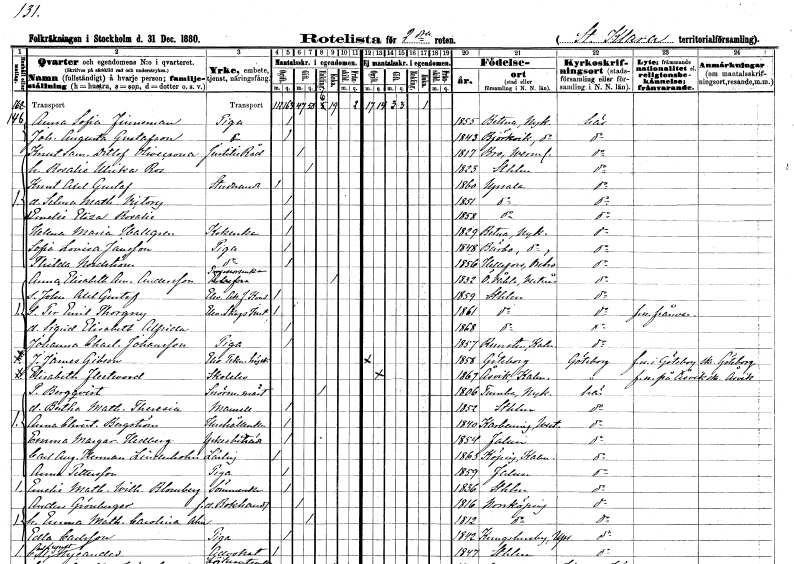
gt_parse: households: individuals: FN: Anna Sofia
EN: Finnman
YRKE: Piga
KON: K
CIV: O
FODAR: 1855
FODFORS: Bettna Södermanlands län
FN: Johanna Augusta
EN: Gustafson
YRKE: Piga
KON: K
CIV: O
FODAR: 1843
FODFORS: Björkvik Södermanlands län
FN: Knut Samuel Detlof
EN: Olivecrona
YRKE: Justitieråd
KON: M
CIV: G
FODAR: 1817
FODFORS: Bro Värmlands län
FN: Rosalie Ulrika
EN: Ros
KON: K
CIV: G
FODAR: 1823
FODFORS: Stockholm
FN: Knut Axel Gustaf
YRKE: Studerande
KON: M
CIV: O
FODAR: 1860
FODFORS: Uppsala Uppsala län
FN: Selma Mathilda Victory
KON: K
CIV: O
FODAR: 1851
FODFORS: Uppsala Uppsala län
FN: Emelie Eliza Rosalie
KON: K
CIV: O
FODAR: 1858
FODFORS: Uppsala Uppsala län
FN: Helena Maria
EN: Hallgren
YRKE: Kokerska
KON: K
CIV: O
FODAR: 1829
FODFORS: Bettna Södermanlands län
FN: Sofia Lovisa
EN: Jansson
YRKE: Piga
KON: K
CIV: O
FODAR: 1848
FODFORS: Bärbo Södermanlands län
FN: Thilda
EN: Nordström
YRKE: Piga
KON: K
CIV: O
FODAR: 1856
FODFORS: Hällefors Örebro län
FN: Anna Elisabeth Amanda
EN: Andersson
YRKE: Professorsänka
KON: K
CIV: E
FODAR: 1832
FODFORS: Östervåla Västmanlands län
FN: John Axel Gustaf
YRKE: Elev vid Akademin för fria konster
KON: M
CIV: O
FODAR: 1859
FODFORS: Stockholm
FN: Per Emil Thorgny
YRKE: Elev vid Skogsinstitutet
KON: M
CIV: O
FODAR: 1861
FODFORS: Stockholm
FN: Sigrid Elisabeth Alfrida
KON: K
CIV: O
FODAR: 1868
FODFORS: Stockholm
FN: Johanna Charlotta
EN: Johansson
YRKE: Piga
KON: K
CIV: O
FODAR: 1857
FODFORS: Runsten Kalmar län
FN: John James
EN: Gibson
YRKE: Elev vid Tekniska Högskolan
KON: M
CIV: O
FODAR: 1858
FODFORS: Göteborg Göteborgs- och Bohuslän
FN: Elisabeth
EN: Fleetwood
YRKE: Skolelev
KON: K
CIV: O
FODAR: 1867
FODFORS: Östra Ed Östergötlands län
FN: Per
EN: Bergqvist
YRKE: Snörmakaremästare
KON: M
CIV: E
FODAR: 1806
FODFORS: Tumba Stockholms län
FN: Bertha Mathilda Theresia
KON: K
CIV: O
FODAR: 1852
FODFORS: Stockholm
FN: Anna Christina
EN: Bergström
YRKE: Hushållerska
KON: K
CIV: O
FODAR: 1840
FODFORS: Karbenning Västmanlands län
FN: Emma Margareta
EN: Hedberg
YRKE: Yrkesbiträde
KON: K
CIV: O
FODAR: 1854
FODFORS: Falun Kopparbergs län
FN: Carl August Herman
EN: Linderholm
YRKE: Lärling
KON: M
CIV: O
FODAR: 1863
FODFORS: Köping Kalmar län
FN: Anna
EN: Pettersson
YRKE: Piga
KON: K
CIV: O
FODAR: 1859
FODFORS: Falun Kopparbergs län
FN: Emelie Mathilda Wilhelmina
EN: Blomberg
YRKE: Sömmerska
KON: K
CIV: O
FODAR: 1836
FODFORS: Stockholm